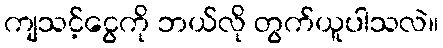
ကျသင့်ငွေကို ဘယ်လို တွက်ယူပါသလဲ။